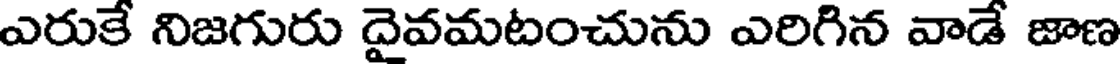
ఎరుకే నిజగురు దైవమటంచును ఎరిగిన వాడే జాణ